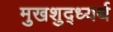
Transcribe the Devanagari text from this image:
मुखशुद्ध्यर्थ